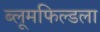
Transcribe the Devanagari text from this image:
ब्लूमफिल्डला